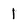
Character: 1